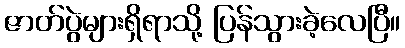
ဇာတ်ပွဲများရှိရာသို့ ပြန်သွားခဲ့လေပြီ။